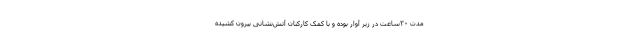
مدت ۳۰ساعت در زیر آوار بوده و با کمک کارکنان آتش‌نشانی بیرون کشیده